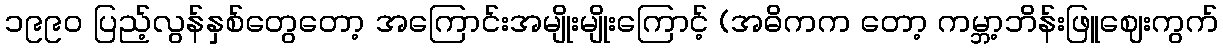
၁၉၉၀ ပြည့်လွန်နှစ်တွေတော့ အကြောင်းအမျိုးမျိုးကြောင့် (အဓိကက တော့ ကမ္ဘာ့ဘိန်းဖြူဈေးကွက်